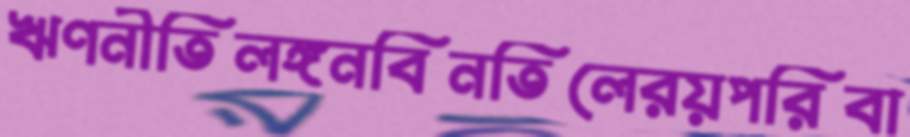
ঋণনীতিলঙ্গনবিনতিলেরয়পরিবা